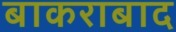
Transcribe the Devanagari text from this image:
बाकराबाद